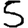
Digit: 5